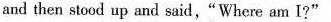
and then stood up and said,"Where am I?"